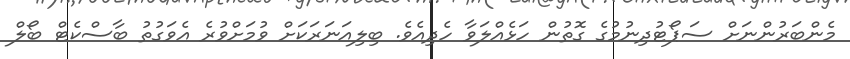
މެންބަރުންނަށް ސަޕޯޓުދިނުމުގެ ގޮތުން ހަޅެއްލަވާ ހެދިއެވެ. ބިލިއަނަރަކަށް ވުމަށްވުރެ އެވަގުތު ބާސްކެޓް ބޯލް